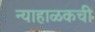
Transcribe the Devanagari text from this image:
न्याहाळकची